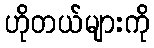
ဟိုတယ်များကို